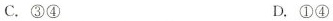
C.③④ D.①④